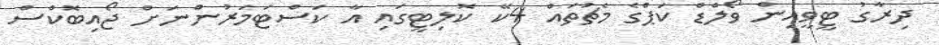
ދިރާގު ޓީވީއިން ވޯލްޑް ކަޕްގެ މެޗުތައް 4ކޭ ކޮލިޓީގައި އާ ކަސްޓަމަރުންނަށް ޖޯއިބޮކްސް